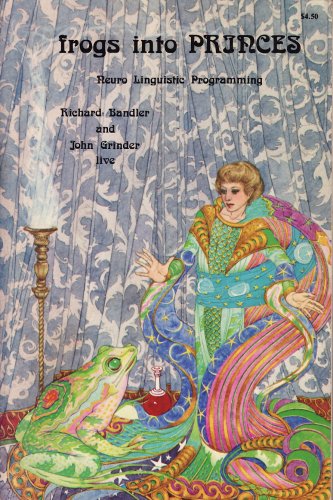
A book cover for Frogs into Princes: Neuro Linguistic Programming; Richard Bandler; Medical Books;